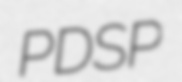
PDSP